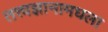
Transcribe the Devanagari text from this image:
तत्त्वज्ञानामधला